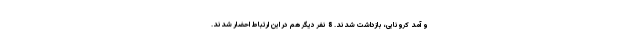
و آمد کرونایی، بازداشت شدند. 8 نفر دیگر هم در این ارتباط احضار شدند.